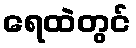
ရေထဲတွင်